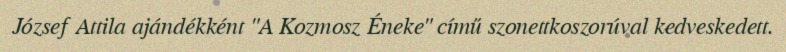
József Attila ajándékként "A Kozmosz Éneke" című szonettkoszorúval kedveskedett.